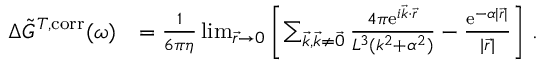
\begin{array} { r l } { \Delta \Tilde { G } ^ { T , \mathrm { c o r r } } ( \omega ) } & { = \frac { 1 } { 6 \pi \eta } \operatorname* { l i m } _ { \vec { r } \to 0 } \left[ \sum _ { \vec { k } , \vec { k } \neq \vec { 0 } } \frac { 4 \pi \mathrm { e } ^ { i \vec { k } \cdot \vec { r } } } { L ^ { 3 } ( k ^ { 2 } + \alpha ^ { 2 } ) } - \frac { \mathrm { e } ^ { - \alpha \vert \vec { r } \vert } } { \vert \vec { r } \vert } \right] \, . } \end{array}